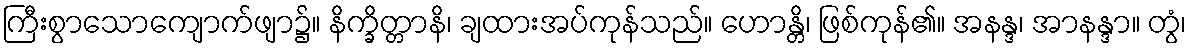
ကြီးစွာသောကျောက်ဖျာ၌။ နိက္ခိတ္တာနိ၊ ချထားအပ်ကုန်သည်။ ဟောန္တိ၊ ဖြစ်ကုန်၏။ အနန္ဒ၊ အာနန္ဒာ။ တွံ၊